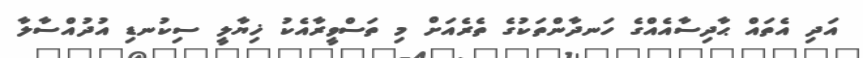
އަދި އެތައް ޙާދިސާއެއްގެ ހަނދާންތަކުގެ ތެރެއަށް މި ތަސްވީރާއެކު ޚިޔާލީ ސިކުނޑި އުދުއްސާލާ